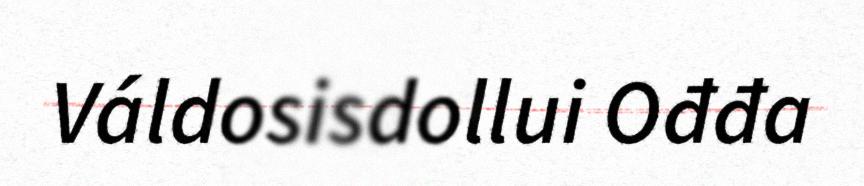
Váldosisdollui Ođđa